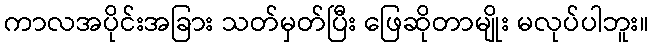
ကာလအပိုင်းအခြား သတ်မှတ်ပြီး ဖြေဆိုတာမျိုး မလုပ်ပါဘူး။